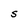
Character: S